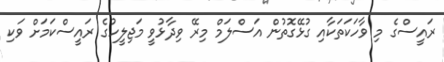
ރައީސްގެ މި ވާހަކަތަކާއި ގުޅޭގޮތުން އަސްލަމް މިރޭ ވިދާޅުވީ މަޖިލީހުގެ ރައީސްކަމަށް ވަކި